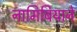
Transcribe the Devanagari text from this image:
नामिबियाने